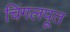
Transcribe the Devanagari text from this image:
चिंगलपूत